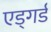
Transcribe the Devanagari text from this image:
एड्गर्ड